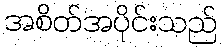
အစိတ်အပိုင်းသည်